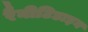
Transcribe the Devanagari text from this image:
रैनीटिडाइन